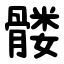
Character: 髅